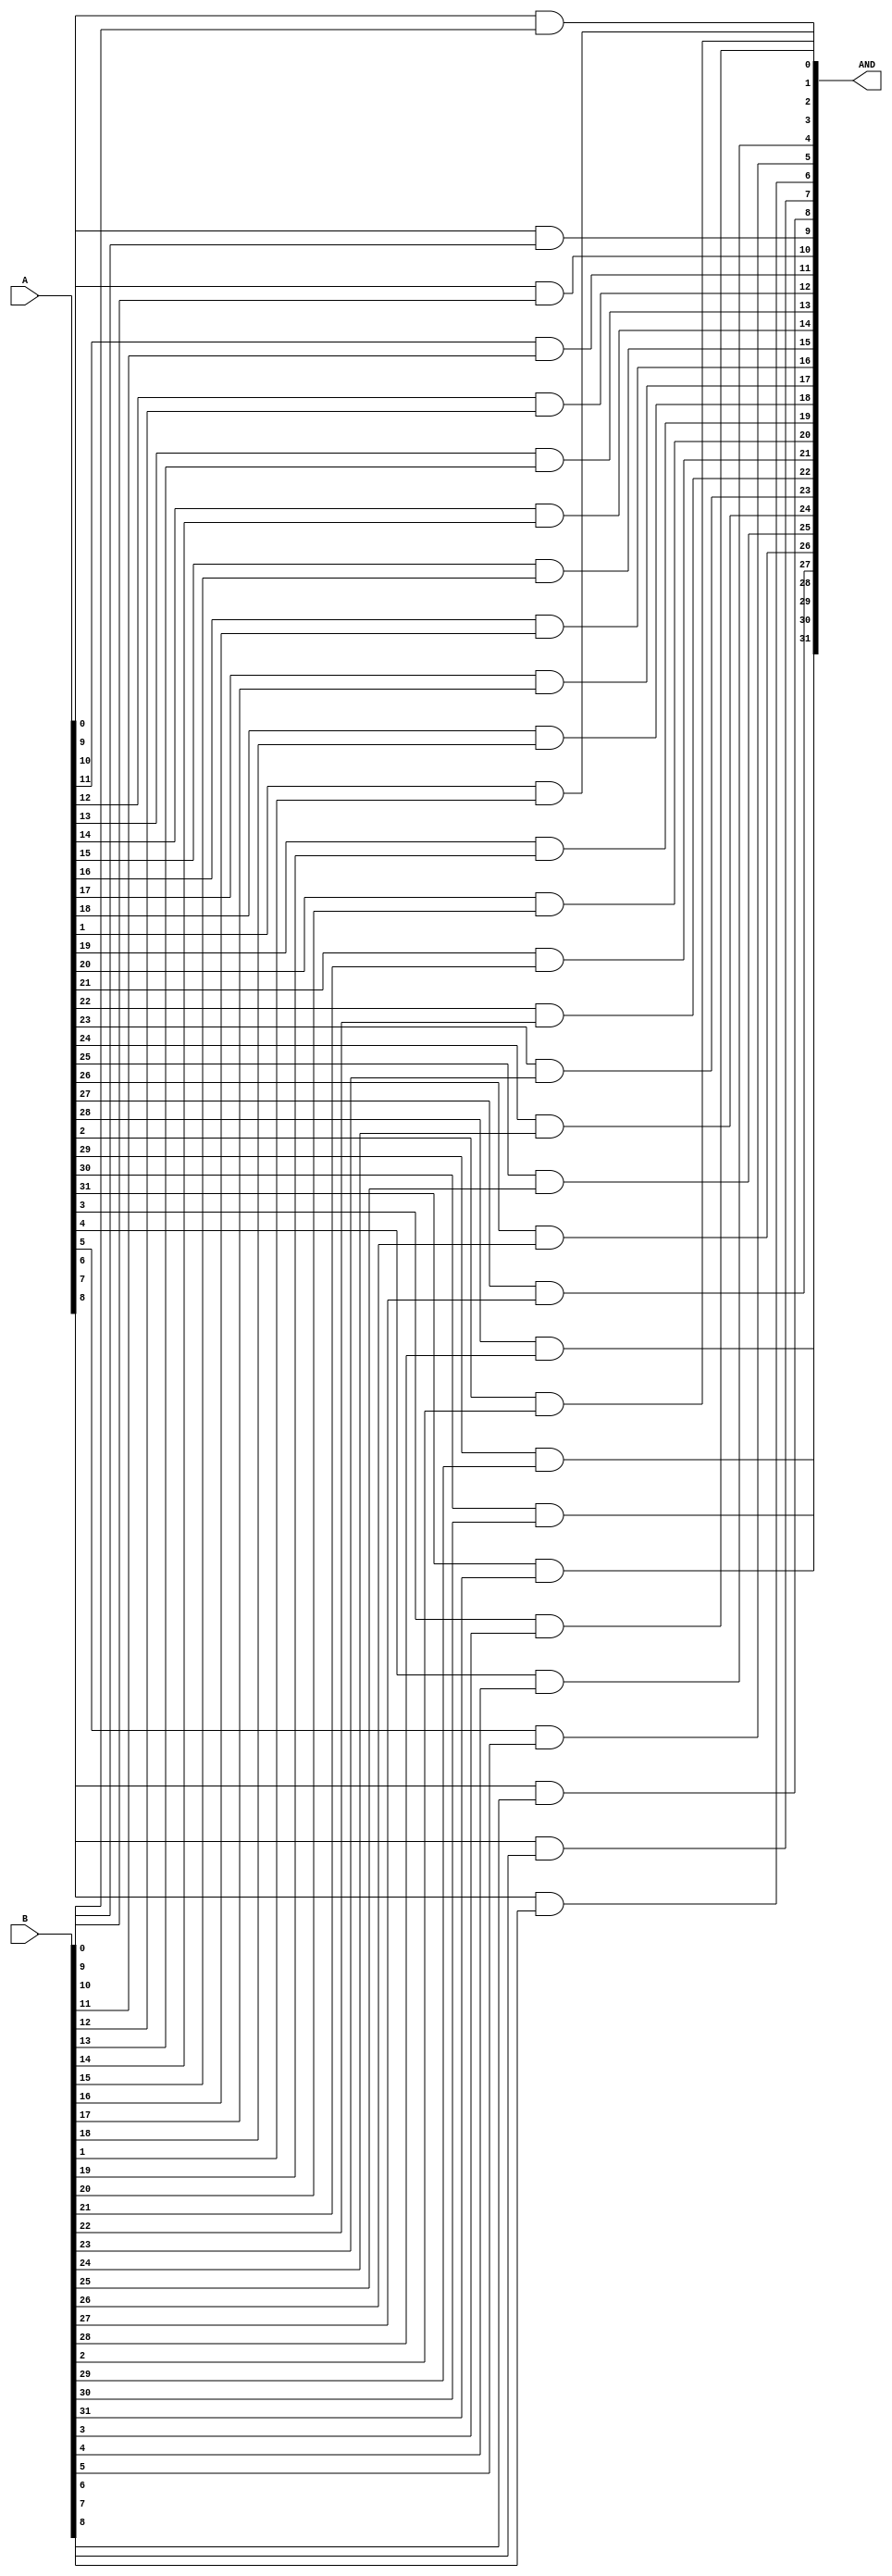
module AND #(parameter N=32)(A,B,AND);
input [N-1:0]A,B;
output [N-1:0]AND;
genvar i;
generate
for(i=0;i<N;i=i+1)begin
and DUT1(AND[i],A[i],B[i]);
end
endgenerate
endmodule